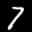
Label: 7